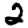
Digit: 2